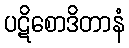
ပဋိစောဒိတာနံ